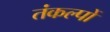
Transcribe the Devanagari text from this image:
तंकल्पों